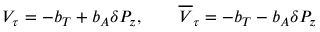
V _ { \tau } = - b _ { T } + b _ { A } \delta P _ { z } , \qquad \overline { { { V } } } _ { \tau } = - b _ { T } - b _ { A } \delta P _ { z }